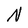
Character: N